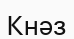
Кнәз